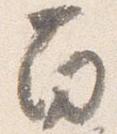
南